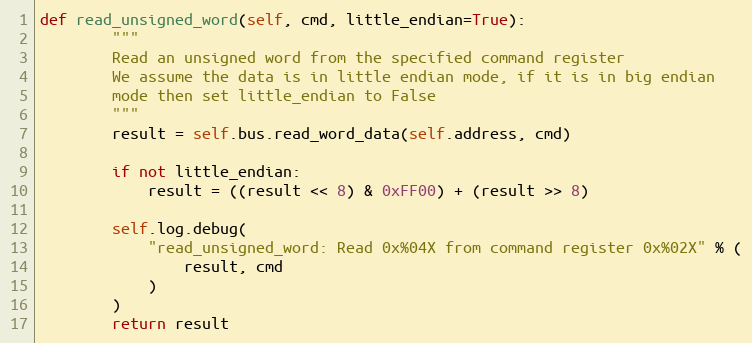
Language: Python
def read_unsigned_word(self, cmd, little_endian=True):
        """
        Read an unsigned word from the specified command register
        We assume the data is in little endian mode, if it is in big endian
        mode then set little_endian to False
        """
        result = self.bus.read_word_data(self.address, cmd)

        if not little_endian:
            result = ((result << 8) & 0xFF00) + (result >> 8)

        self.log.debug(
            "read_unsigned_word: Read 0x%04X from command register 0x%02X" % (
                result, cmd
            )
        )
        return result